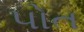
પોત